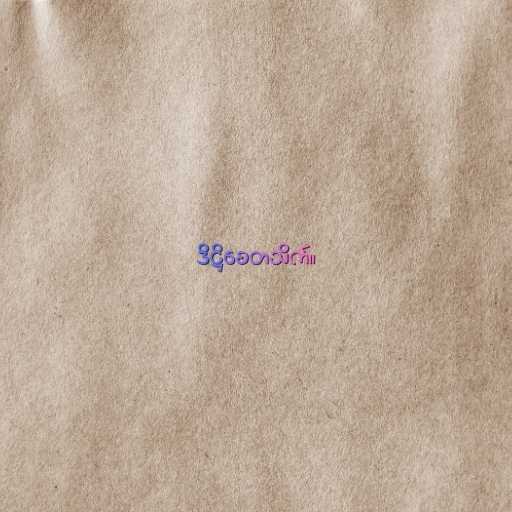
ဒိဋ္ဌိစေတသိက်။